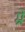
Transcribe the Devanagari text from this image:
म्रें